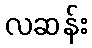
လဆန်း